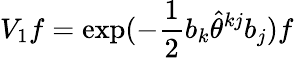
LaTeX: V_{1}f=\exp(-\frac{1}{2}b_{k}\widehat{\theta}^{kj}b_{j})f